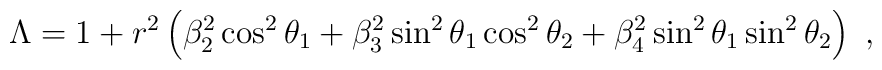
\Lambda= 1 + r^2\left(\beta_2^2\cos^2\theta_1 + \beta_3^2\sin^2\theta_1 \cos^2\theta_2 + \beta_4^2\sin^2\theta_1\sin^2 \theta_2\right)~,